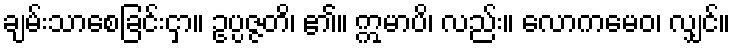
ချမ်းသာစေခြင်းငှာ။ ဥပ္ပဇ္ဇတိ၊ ၏။ ဣမာပိ၊ လည်း။ လောကမေဝ၊ လျှင်။